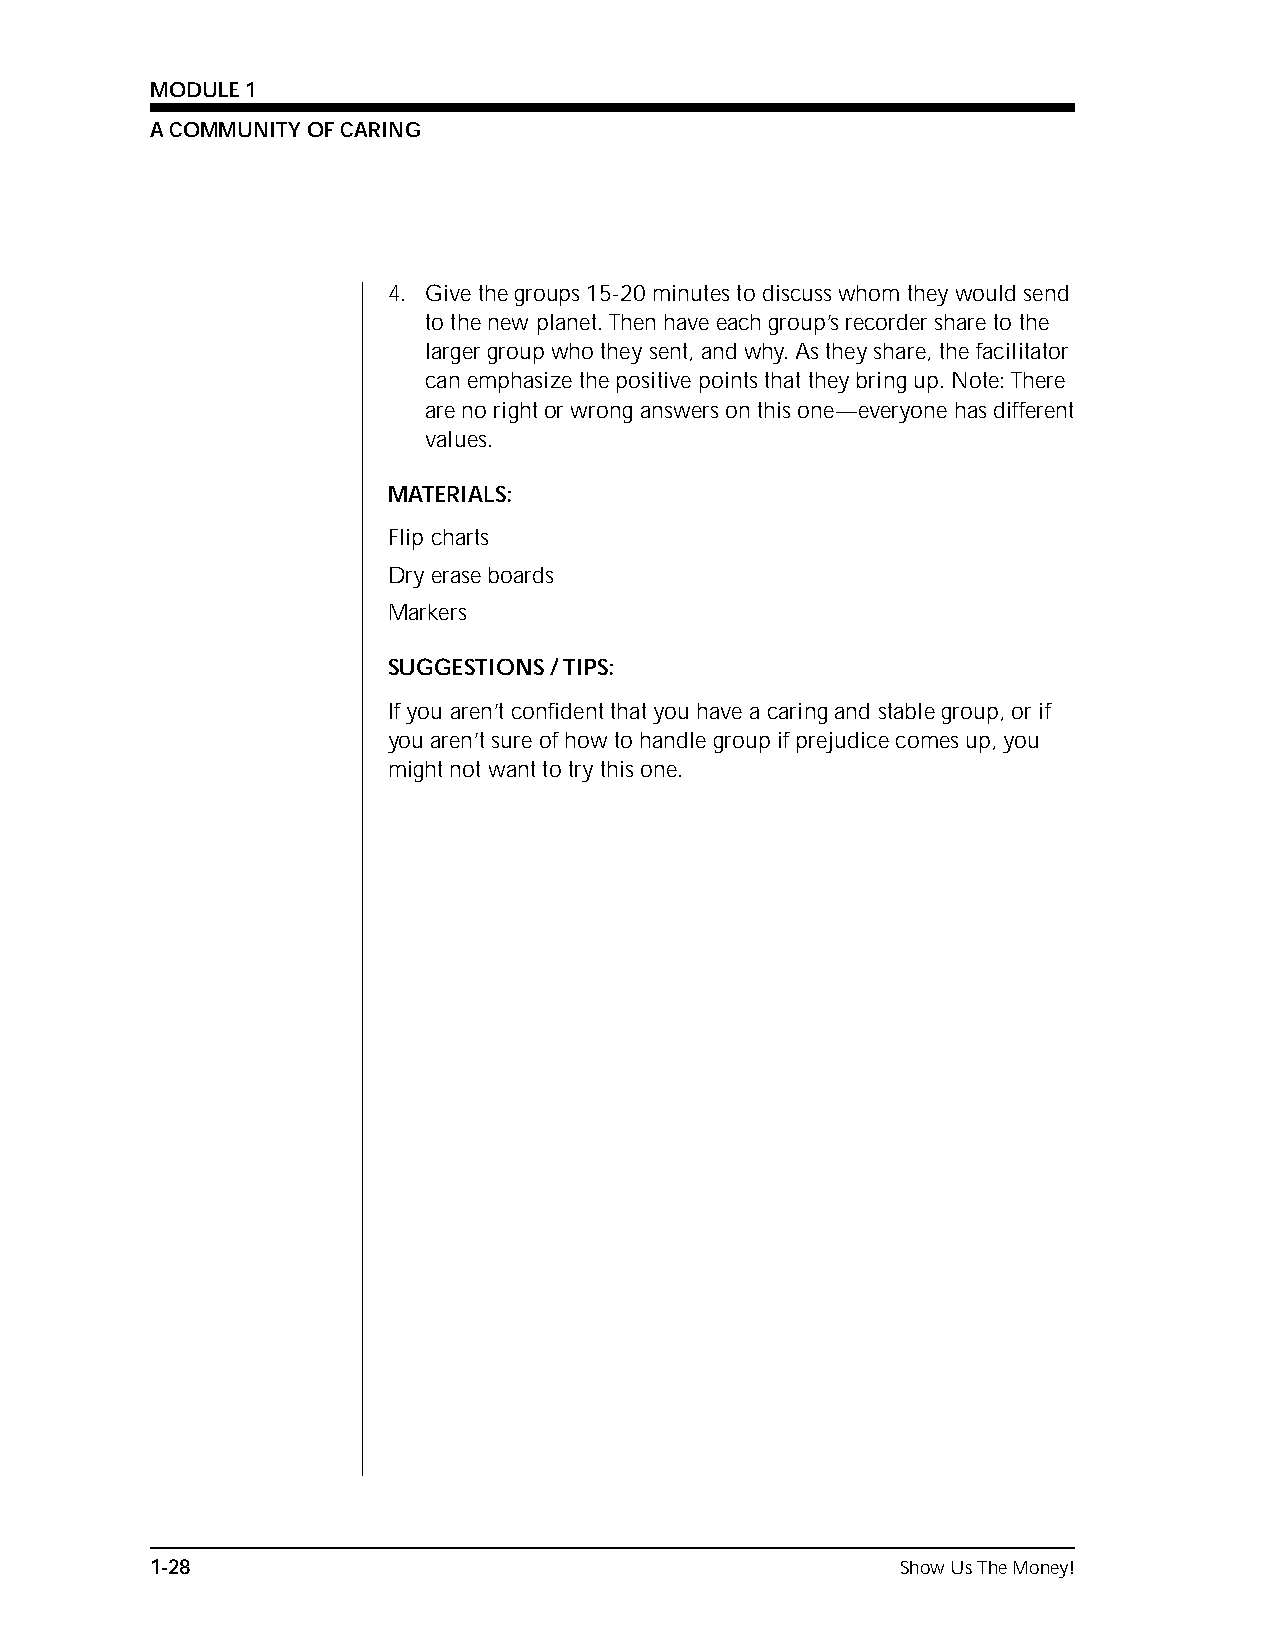
MODULE 1
 A COMMUNITY OF CARING
 4. Give the groups 15-20 minutes to discuss whom they would send
 to the new planet. Then have each group’s recorder share to the
 larger group who they sent, and why. As they share, the facilitator
 can emphasize the positive points that they bring up. Note: There
 are no right or wrong answers on this one—everyone has different
 values.
 MATERIALS:
 Flip charts
 Dry erase boards
 Markers
 SUGGESTIONS / TIPS:
 If you aren’t confident that you have a caring and stable group, or if
 you aren’t sure of how to handle group if prejudice comes up, you
 might not want to try this one.
 1-28                                              Show Us The Money!